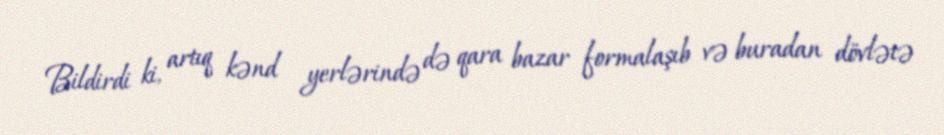
Bildirdi ki, artıq kənd yerlərində də qara bazar formalaşıb və buradan dövlətə